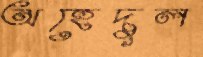
অহেদুল